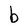
Character: b